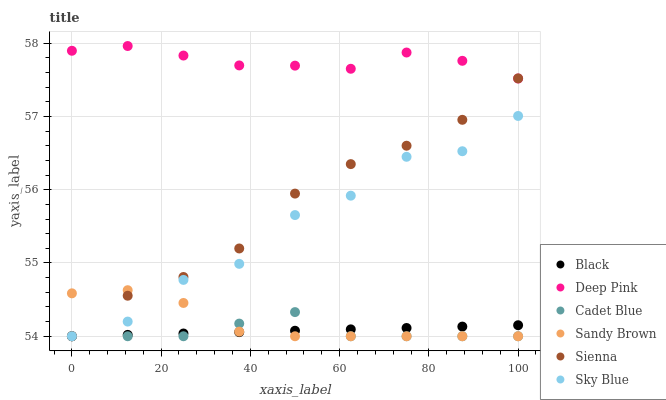
| xaxis_label | Black | Deep Pink | Cadet Blue | Sandy Brown | Sienna | Sky Blue |
 | --- | --- | --- | --- | --- | --- | --- |
 | 0 | 54 | 57.9 | 54 | 54.6 | 54 | 54 |
 | 12.5 | 54 | 58 | 54 | 54.6 | 54.6 | 54.2 |
 | 25 | 54 | 57.8 | 54 | 54.5 | 54.8 | 54.8 |
 | 37.5 | 54.1 | 57.7 | 54.2 | 54.1 | 55.2 | 55 |
 | 50 | 54.1 | 57.7 | 54.3 | 54 | 55.9 | 55.7 |
 | 62.5 | 54.1 | 57.7 | 54 | 54 | 56.3 | 55.9 |
 | 75 | 54.1 | 57.9 | 54 | 54 | 56.6 | 56.4 |
 | 87.5 | 54.1 | 57.8 | 54 | 54 | 57 | 56.5 |
 | 100 | 54.2 | 57.5 | 54 | 54 | 57.5 | 57 |